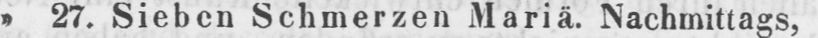
» 27. Sieben Schmerzen Mariä. Nachmittags,